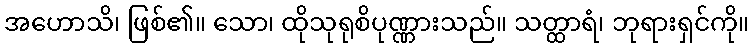
အဟောသိ၊ ဖြစ်၏။ သော၊ ထိုသုရုစိပုဏ္ဏားသည်။ သတ္ထာရံ၊ ဘုရားရှင်ကို။